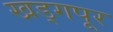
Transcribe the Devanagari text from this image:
खड्गपूर